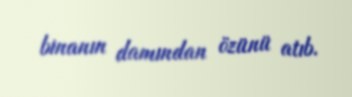
binanın damından özünü atıb.